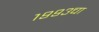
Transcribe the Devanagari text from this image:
१९९३चा